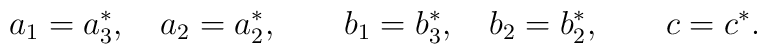
a_{1}=a_{3}^{\ast},\quad a_{2}=a_{2}^{\ast},\qquadb_{1}=b_{3}^{\ast},\quad b_{2}=b_{2}^{\ast},\qquad c=c^{\ast}.